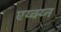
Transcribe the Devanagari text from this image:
एय्क्य्न